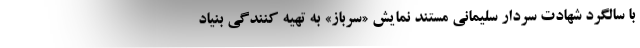
با سالگرد شهادت سردار سلیمانی مستند نمایش «سرباز» به تهیه کنندگی بنیاد